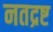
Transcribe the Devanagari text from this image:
नतद्रष्ट